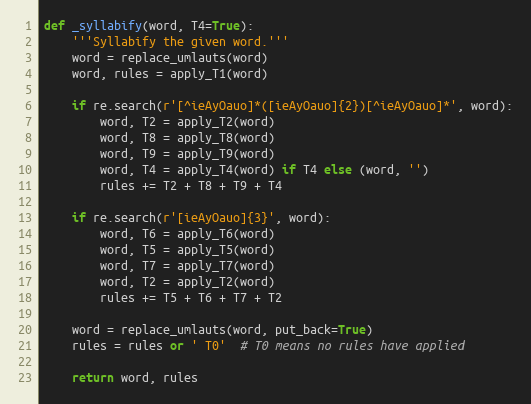
Language: Python
def _syllabify(word, T4=True):
    '''Syllabify the given word.'''
    word = replace_umlauts(word)
    word, rules = apply_T1(word)

    if re.search(r'[^ieAyOauo]*([ieAyOauo]{2})[^ieAyOauo]*', word):
        word, T2 = apply_T2(word)
        word, T8 = apply_T8(word)
        word, T9 = apply_T9(word)
        word, T4 = apply_T4(word) if T4 else (word, '')
        rules += T2 + T8 + T9 + T4

    if re.search(r'[ieAyOauo]{3}', word):
        word, T6 = apply_T6(word)
        word, T5 = apply_T5(word)
        word, T7 = apply_T7(word)
        word, T2 = apply_T2(word)
        rules += T5 + T6 + T7 + T2

    word = replace_umlauts(word, put_back=True)
    rules = rules or ' T0'  # T0 means no rules have applied

    return word, rules